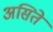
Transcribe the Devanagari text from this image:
असिते